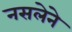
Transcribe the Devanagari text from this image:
नसलेने